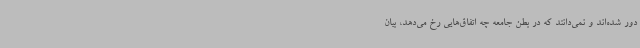
دور شده‌اند و نمی‌دانند که در بطن جامعه چه اتفاق‌هایی رخ می‌دهد، بیان